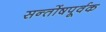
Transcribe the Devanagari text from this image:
सन्तोंषपूर्वक